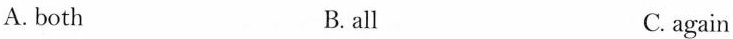
A. both B. all C. again